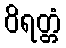
ဝိရတ္တံ